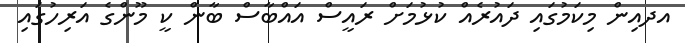
އދއިން މިކަމުގައި ދައުރެއް ކުޅުމަށް ރައީސް އައްބާސް ބާން ކީ މޫންގެ އަރިހުގައި